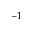
^ { - 1 }